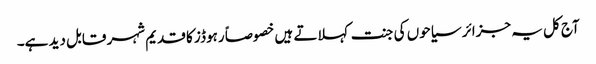
آج کل یہ جزائر سیاحوں کی جنت کہلاتے ہیں خصوصاً رہوڈز کا قدیم شہر قابل دید ہے۔